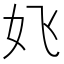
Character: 𱙆